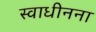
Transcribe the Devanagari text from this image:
स्वाधीनना